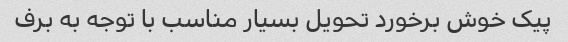
پیک خوش برخورد تحویل بسیار مناسب با توجه به برف